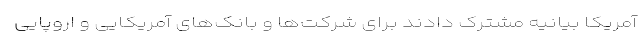
آمریکا بیانیه مشترک دادند برای شرکت‌ها و بانک‌های آمریکایی و اروپایی